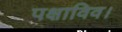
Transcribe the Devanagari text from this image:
पक्षाविव।